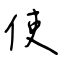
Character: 使